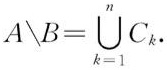
\[
A\setminus B = \bigcup_{k = 1}^{n} C_{k}.
\]